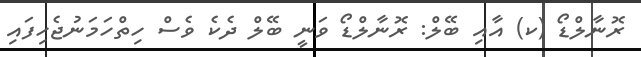
ރޮނާލްޑޯ (ކ) އާއި ބޭލް: ރޮނާލްޑޯ ވަނީ ބޭލް ދެކެ ވެސް ހިތްހަމަނުޖެހިފައި